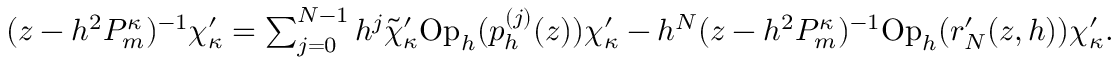
\begin{array} { r } { ( z - h ^ { 2 } P _ { m } ^ { \kappa } ) ^ { - 1 } \chi _ { \kappa } ^ { \prime } = \sum _ { j = 0 } ^ { N - 1 } h ^ { j } \tilde { \chi } _ { \kappa } ^ { \prime } \mathrm { O p } _ { h } ( p _ { h } ^ { ( j ) } ( z ) ) \chi _ { \kappa } ^ { \prime } - h ^ { N } ( z - h ^ { 2 } P _ { m } ^ { \kappa } ) ^ { - 1 } \mathrm { O p } _ { h } ( r _ { N } ^ { \prime } ( z , h ) ) \chi _ { \kappa } ^ { \prime } . } \end{array}